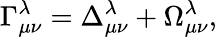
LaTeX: \Gamma_{\mu\nu}^{\lambda}=\Delta_{\mu\nu}^{\lambda}+\Omega_{\mu\nu}^{\lambda},